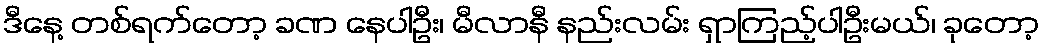
ဒီနေ့ တစ်ရက်တော့ ခဏ နေပါဦး၊ မီလာနီ နည်းလမ်း ရှာကြည့်ပါဦးမယ်၊ ခုတော့